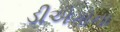
ડીએગોના